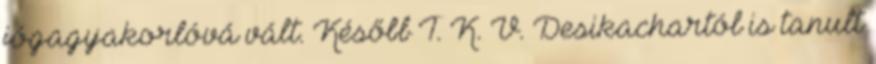
jógagyakorlóvá vált. Később T. K. V. Desikachartól is tanult